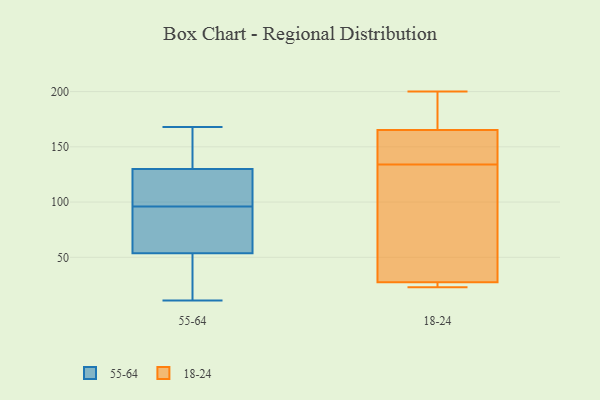
{"axis": {"x": "Website Visitors", "y": "Value"}, "legend": ["18-24", "55-64"], "data": [{"x": "", "y": 24, "type": "55-64"}, {"x": "", "y": 94, "type": "55-64"}, {"x": "", "y": 113, "type": "55-64"}, {"x": "", "y": 154, "type": "55-64"}, {"x": "", "y": 11, "type": "55-64"}, {"x": "", "y": 35, "type": "55-64"}, {"x": "", "y": 99, "type": "55-64"}, {"x": "", "y": 168, "type": "55-64"}, {"x": "", "y": 60, "type": "55-64"}, {"x": "", "y": 160, "type": "55-64"}, {"x": "", "y": 63, "type": "55-64"}, {"x": "", "y": 122, "type": "55-64"}, {"x": "", "y": 96, "type": "55-64"}, {"x": "", "y": 169, "type": "18-24"}, {"x": "", "y": 137, "type": "18-24"}, {"x": "", "y": 26, "type": "18-24"}, {"x": "", "y": 51, "type": "18-24"}, {"x": "", "y": 200, "type": "18-24"}, {"x": "", "y": 25, "type": "18-24"}, {"x": "", "y": 134, "type": "18-24"}, {"x": "", "y": 154, "type": "18-24"}, {"x": "", "y": 23, "type": "18-24"}, {"x": "", "y": 185, "type": "18-24"}, {"x": "", "y": 32, "type": "18-24"}]}